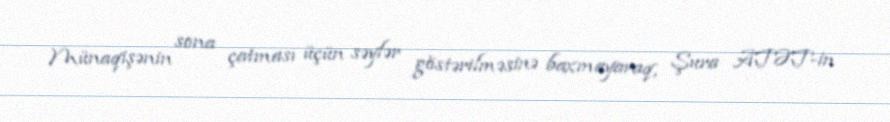
Münaqişənin sona çatması üçün səylər göstərilməsinə baxmayaraq, Şura ATƏT-in